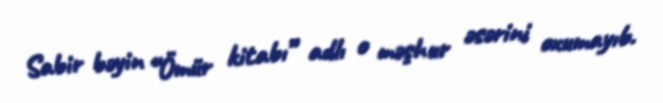
Sabir bəyin “Ömür kitabı” adlı o məşhur əsərini oxumayıb.